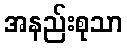
အနည်းစုသာ